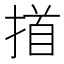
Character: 𢰢